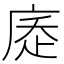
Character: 𢉇